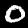
Digit: 0